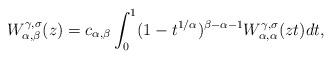
LaTeX: \begin{align*}W_{\alpha,\beta}^{\gamma, \sigma}(z)=c_{\alpha,\beta}\int_0^1(1-t^{1/\alpha})^{\beta-\alpha-1}W_{\alpha,\alpha}^{\gamma,\sigma}(zt)dt,\end{align*}